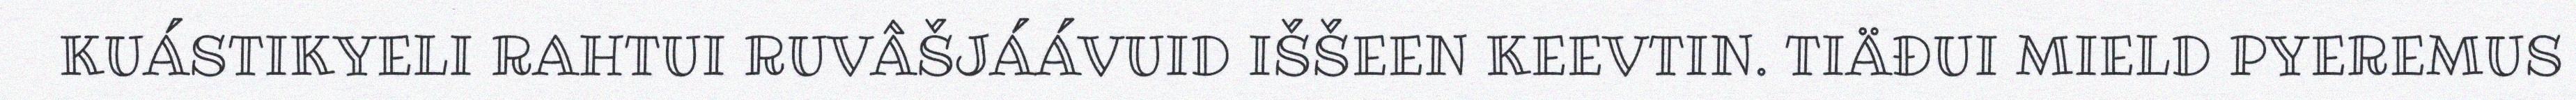
KUÁSTIKYELI RAHTUI RUVÂŠJÁÁVUID IŠŠEEN KEEVTIN. TIÄĐUI MIELD PYEREMUS